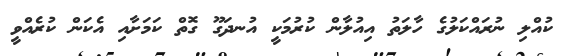
ކުއްލި ނުރައްކަލުގެ ހާލަތު އިއުލާން ކުރުމަކީ އުނދަގޫ ގޮތް ކަމަށާއި އެކަން ކުރެއްވީ